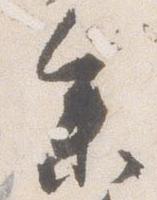
参